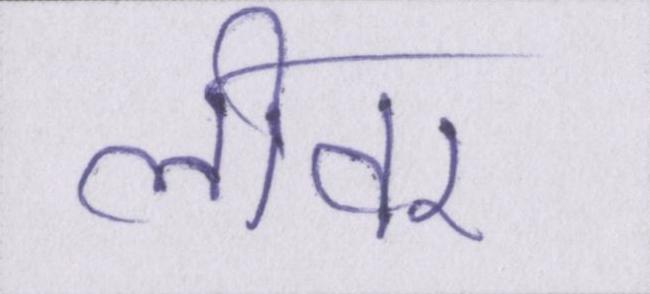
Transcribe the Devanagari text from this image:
लीवर